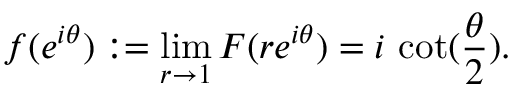
f ( e ^ { i \theta } ) : = \operatorname* { l i m } _ { r \to 1 } F ( r e ^ { i \theta } ) = i \, \cot ( { \frac { \theta } { 2 } } ) .